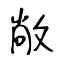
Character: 敞